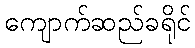
ကျောက်ဆည်ခရိုင်